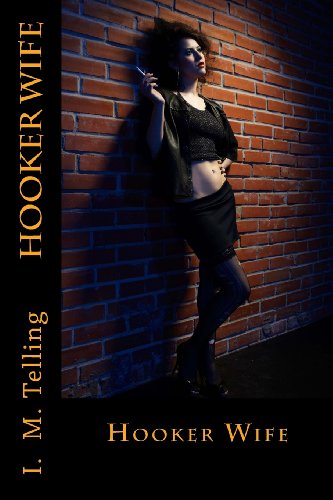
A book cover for Hooker Wife; I. M. Telling; Romance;